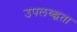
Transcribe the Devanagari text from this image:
उपलब्द्धता